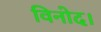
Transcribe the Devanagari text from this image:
विनोद।